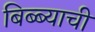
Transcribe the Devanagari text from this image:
बिब्ब्याची